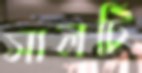
সালটি